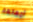
أمهاتهم